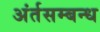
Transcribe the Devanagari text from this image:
अंर्तसम्बन्ध